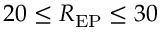
2 0 \leq R _ { \mathrm { E P } } \leq 3 0